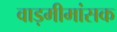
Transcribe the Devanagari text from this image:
वाड़मीमांसक